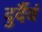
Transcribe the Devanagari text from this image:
दुर्दैवं